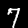
Label: 7